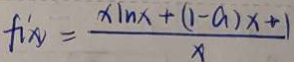
f ( x ) = \frac { x \ln x + ( 1 - a ) x + 1 } { x }